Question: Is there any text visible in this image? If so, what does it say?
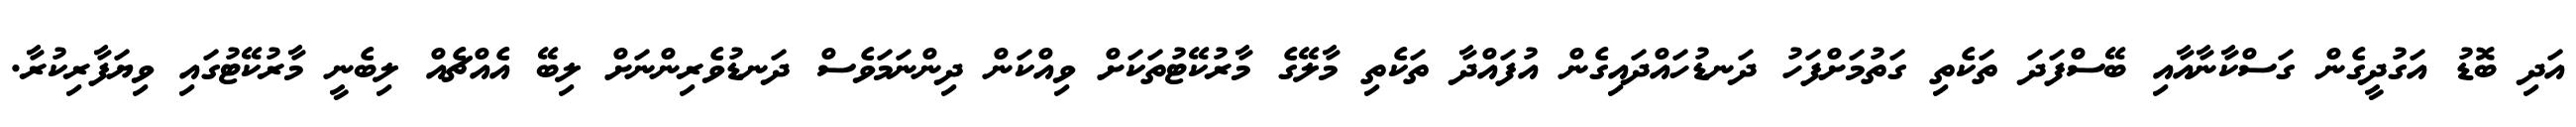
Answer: އަދި ބޮޑު އަގުދީގެން ގަސްކާނާއާއި ބޭސްފަދަ ތަކެތި ގަތުމަށްފަހު ދަނޑުހައްދައިގެން އުފައްދާ ތަކެތި މާލޭގެ މާރުކޭޓުތަކަށް ވިއްކަން ދިންނަމަވެސް ދަނޑުވެރިންނަށް ލިބޭ އެއްޗެއް ލިބެނީ މާރުކޭޓުގައި ވިޔަފާރިކުރާ.